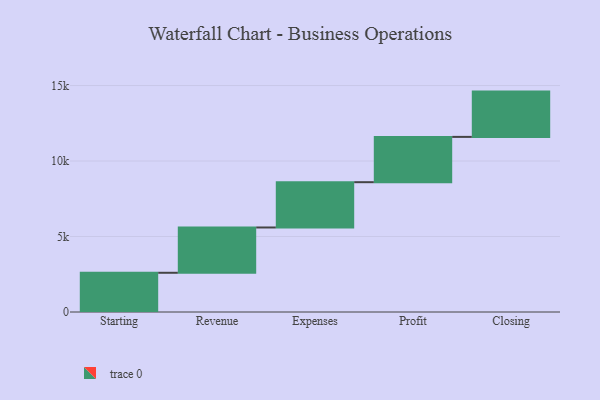
{"axis": {"x": "Step", "y": "Value"}, "legend": [""], "data": [{"x": "Starting", "y": 2598.0, "type": ""}, {"x": "Revenue", "y": 3000, "type": ""}, {"x": "Expenses", "y": 3000, "type": ""}, {"x": "Profit", "y": 3000, "type": ""}, {"x": "Closing", "y": 3000, "type": ""}]}